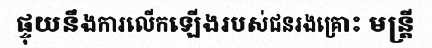
ផ្ទុយនឹងការលើកឡើងរបស់ជនរងគ្រោះ មន្ត្រី